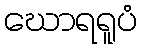
ဃောရရူပံ